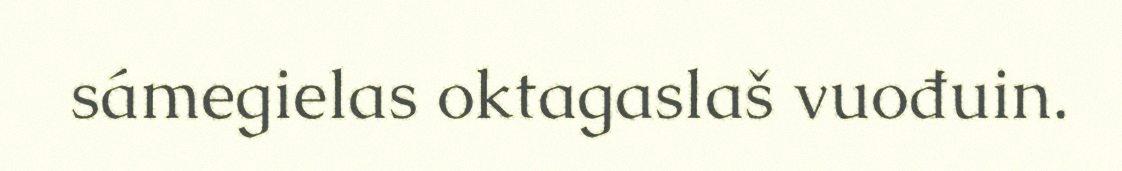
sámegielas oktagaslaš vuođuin.